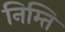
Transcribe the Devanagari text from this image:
निम्ति